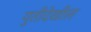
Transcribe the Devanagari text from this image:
युतीदेखील